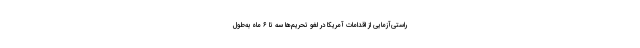
راستی‌آزمایی از اقدامات آمریکا در لغو تحریم‌ها سه تا ۶ ماه به‌طول